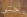
حتى